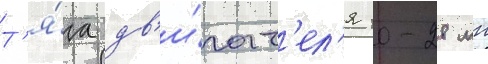
Т'я́га дв'и́гат'ел'я 10-28 мн